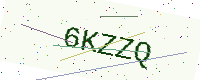
Text: 6KZZQ